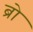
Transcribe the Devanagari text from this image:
ब्रो